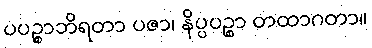
ပပဉ္စာဘိရတာ ပဇာ၊ နိပ္ပပဉ္စာ တထာဂတာ။